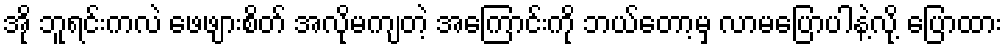
အို ဘူရင်းကလဲ ဖေဖျားစိတ် အလိုမကျတဲ့ အကြောင်းကို ဘယ်တော့မှ လာမပြောပါနဲ့လို့ ပြောထား